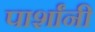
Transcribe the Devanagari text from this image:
पार्शांनी